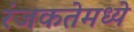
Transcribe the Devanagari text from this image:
रंजकतेमध्ये